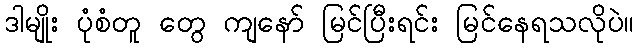
ဒါမျိုး ပုံစံတူ တွေ ကျနော် မြင်ပြီးရင်း မြင်နေရသလိုပဲ။